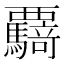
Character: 𮗌